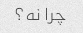
چرا نه؟